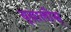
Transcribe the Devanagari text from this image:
बूबालीस्